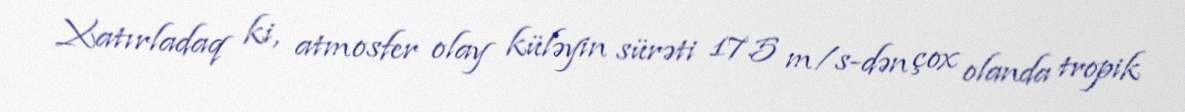
Xatırladaq ki, atmosfer olay küləyin sürəti 17.5 m/s-dən çox olanda tropik